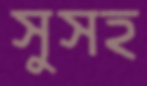
সুসহ